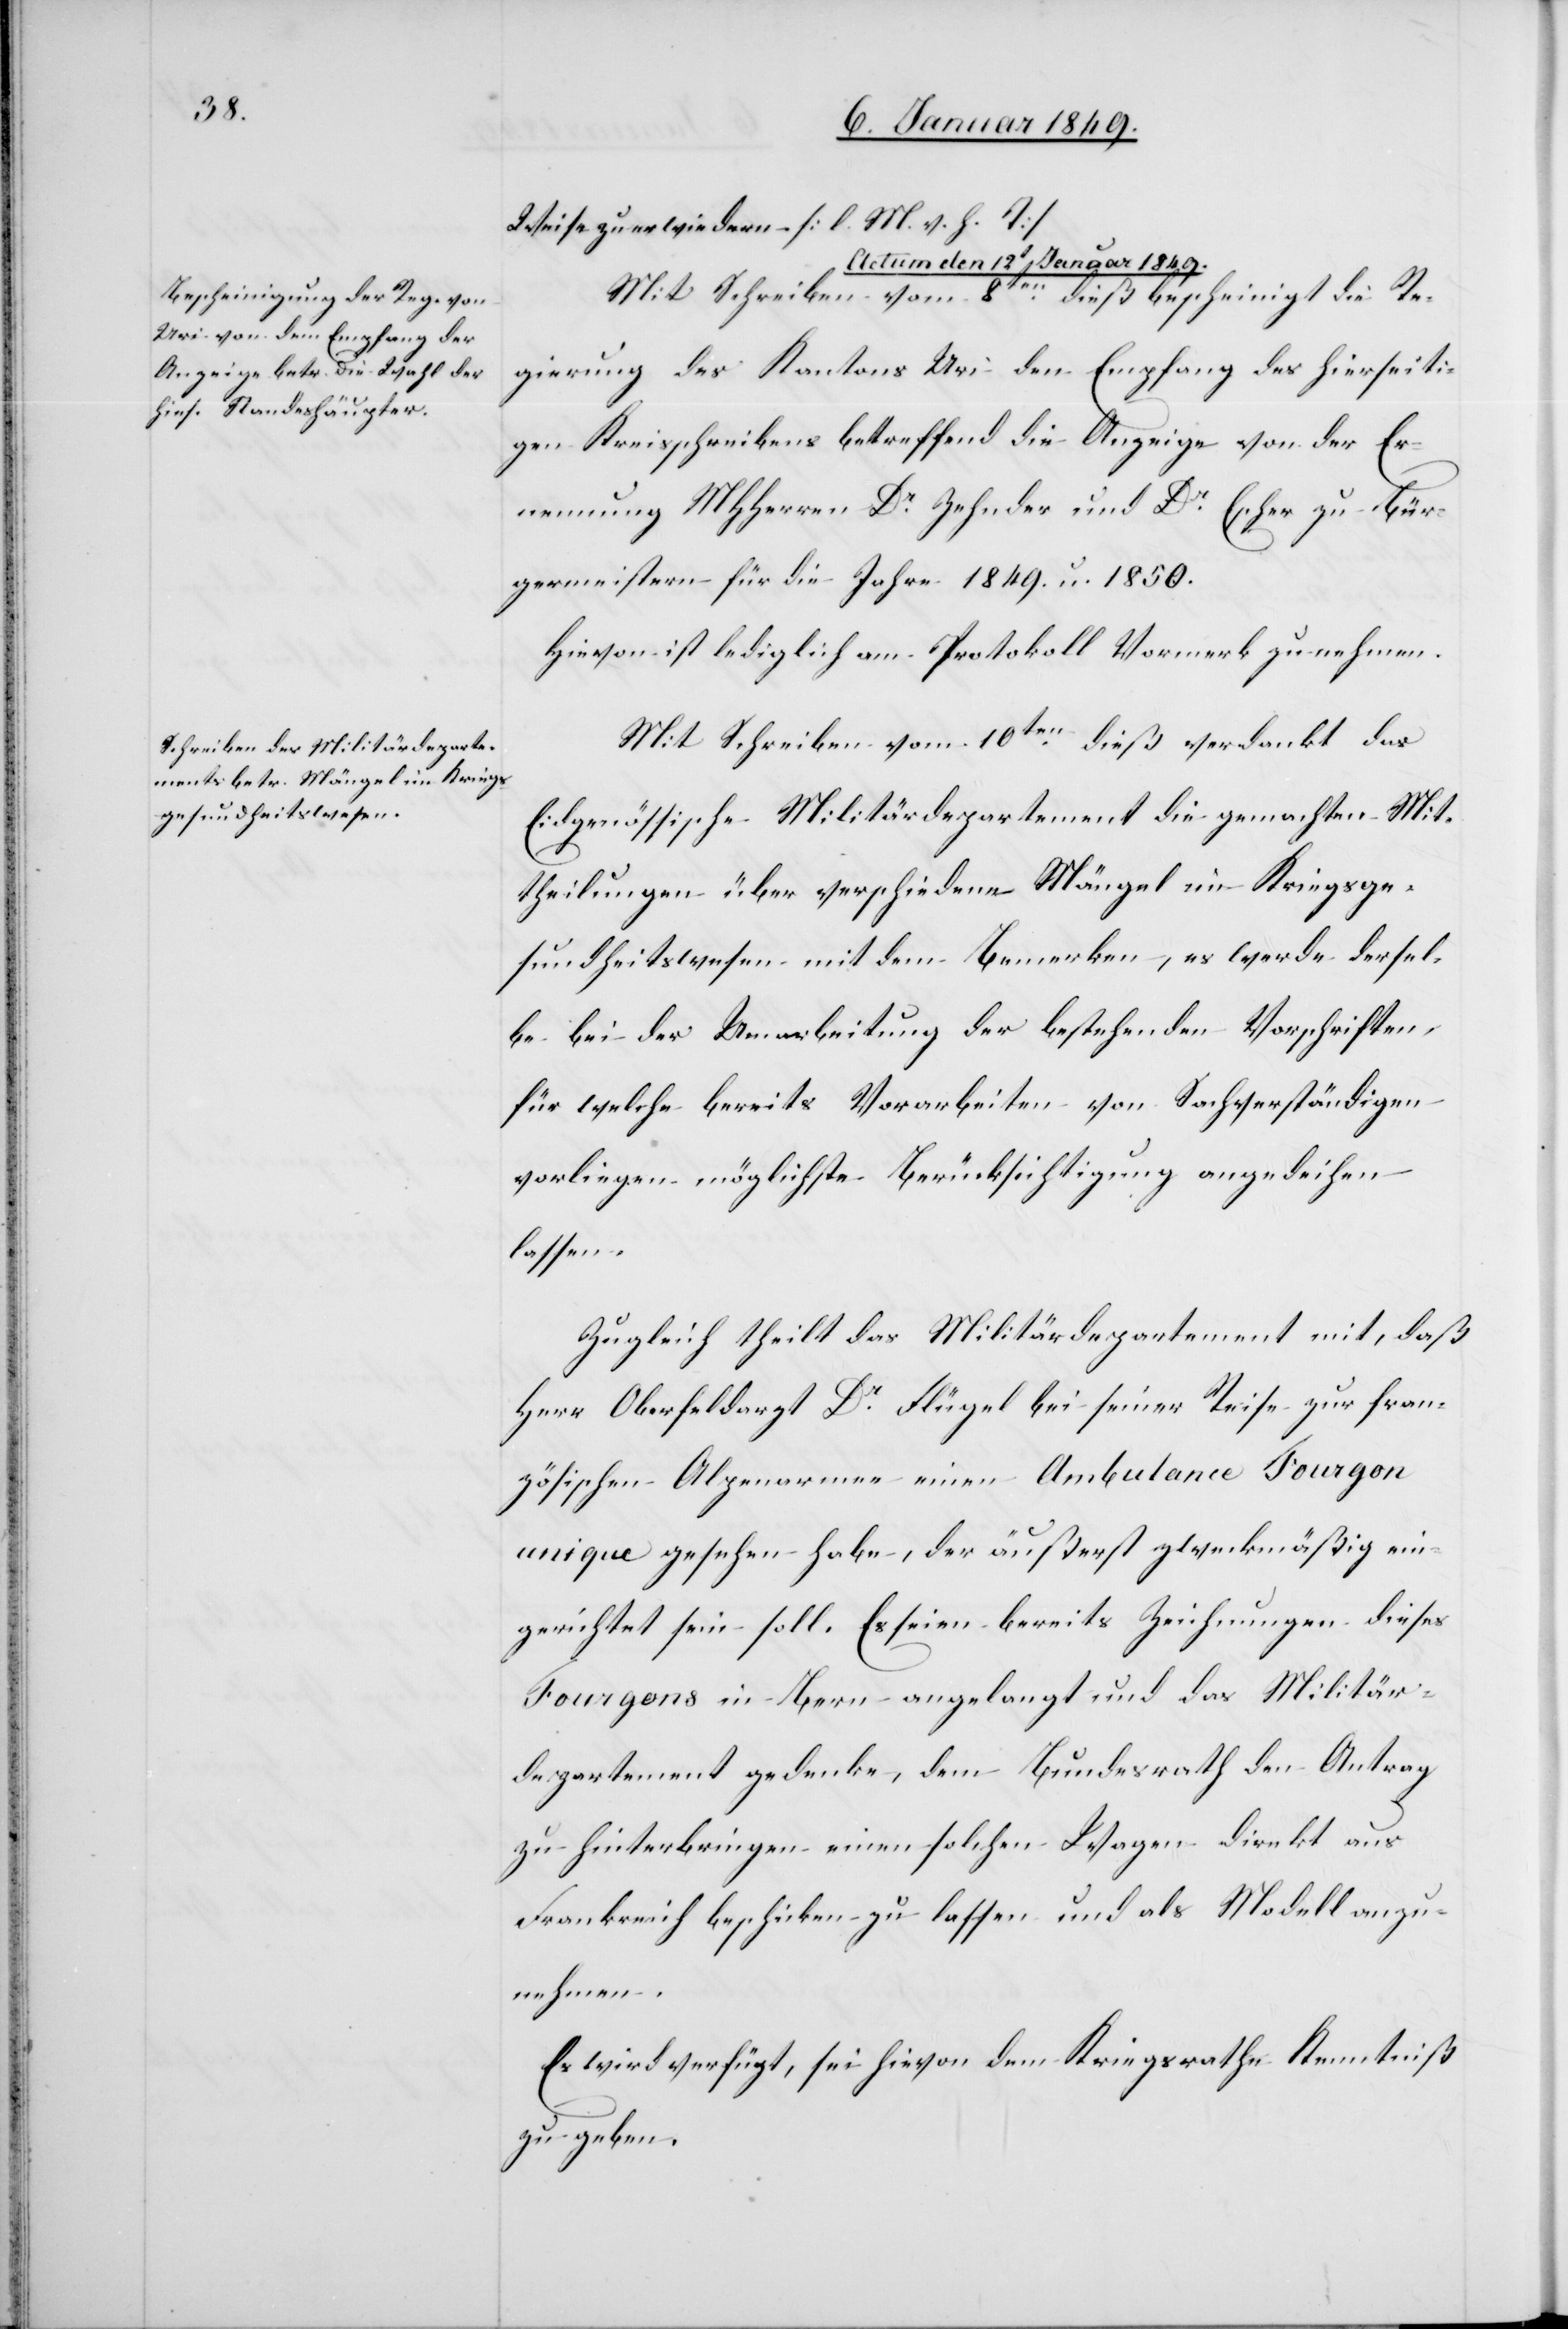
Weise zu erwiedern. [l. M. v. h. T]
Actum den 12t Januar 1849.]
Mit Schreiben vom 8ten. dieß bescheinigt die Re¬
gierung des Kantons Uri den Empfang des hierseiti¬
gen Kreisschreibens betreffend die Anzeige von der Er¬
nennung MHHerren Dr. Zehnder und Dr. Escher zu Bür¬
germeistern für die Jahre 1849. u. 1850.
Hievon ist lediglich am Protokoll Vormerk zu nehmen.
Mit Schreiben vom 10ten. dieß verdankt das
Eidgenössische Militärdepartement die gemachten Mit¬
theilungen über verschiedene Mängel im Kriegsge¬
sundheitswesen mit dem Bemerken, es werde dersel¬
be bei der Umarbeitung der bestehenden Vorschriften,
für welche bereits Vorarbeiten von Sachverständigen
vorliegen möglichste Berücksichtigung angedeihen
lassen.
Zugleich theilt das Militärdepartement mit, daß
Herr Oberfeldarzt Dr. Flügel bei seiner Reise zur fran¬
zösischen Alpenarmee einen Ambulance Fourgon
unique gesehen habe, der äußerst zweckmäßig ein¬
gerichtet sein soll. Es seien bereits Zeichnungen dieses
Fourgons in Bern angelangt und das Militär¬
departement gedenke, dem Bundesrath den Antrag
zu hinterbringen, einen solchen Wagen direkt aus
Frankreich beschicken zu lassen und als Modell anzu¬
nehmen.
Es wird verfügt, sei hievon dem Kriegsrathe Kenntniß
zu geben.